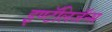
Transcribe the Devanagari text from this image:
इण्टॅलिजॅन्स